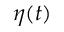
\eta ( t )